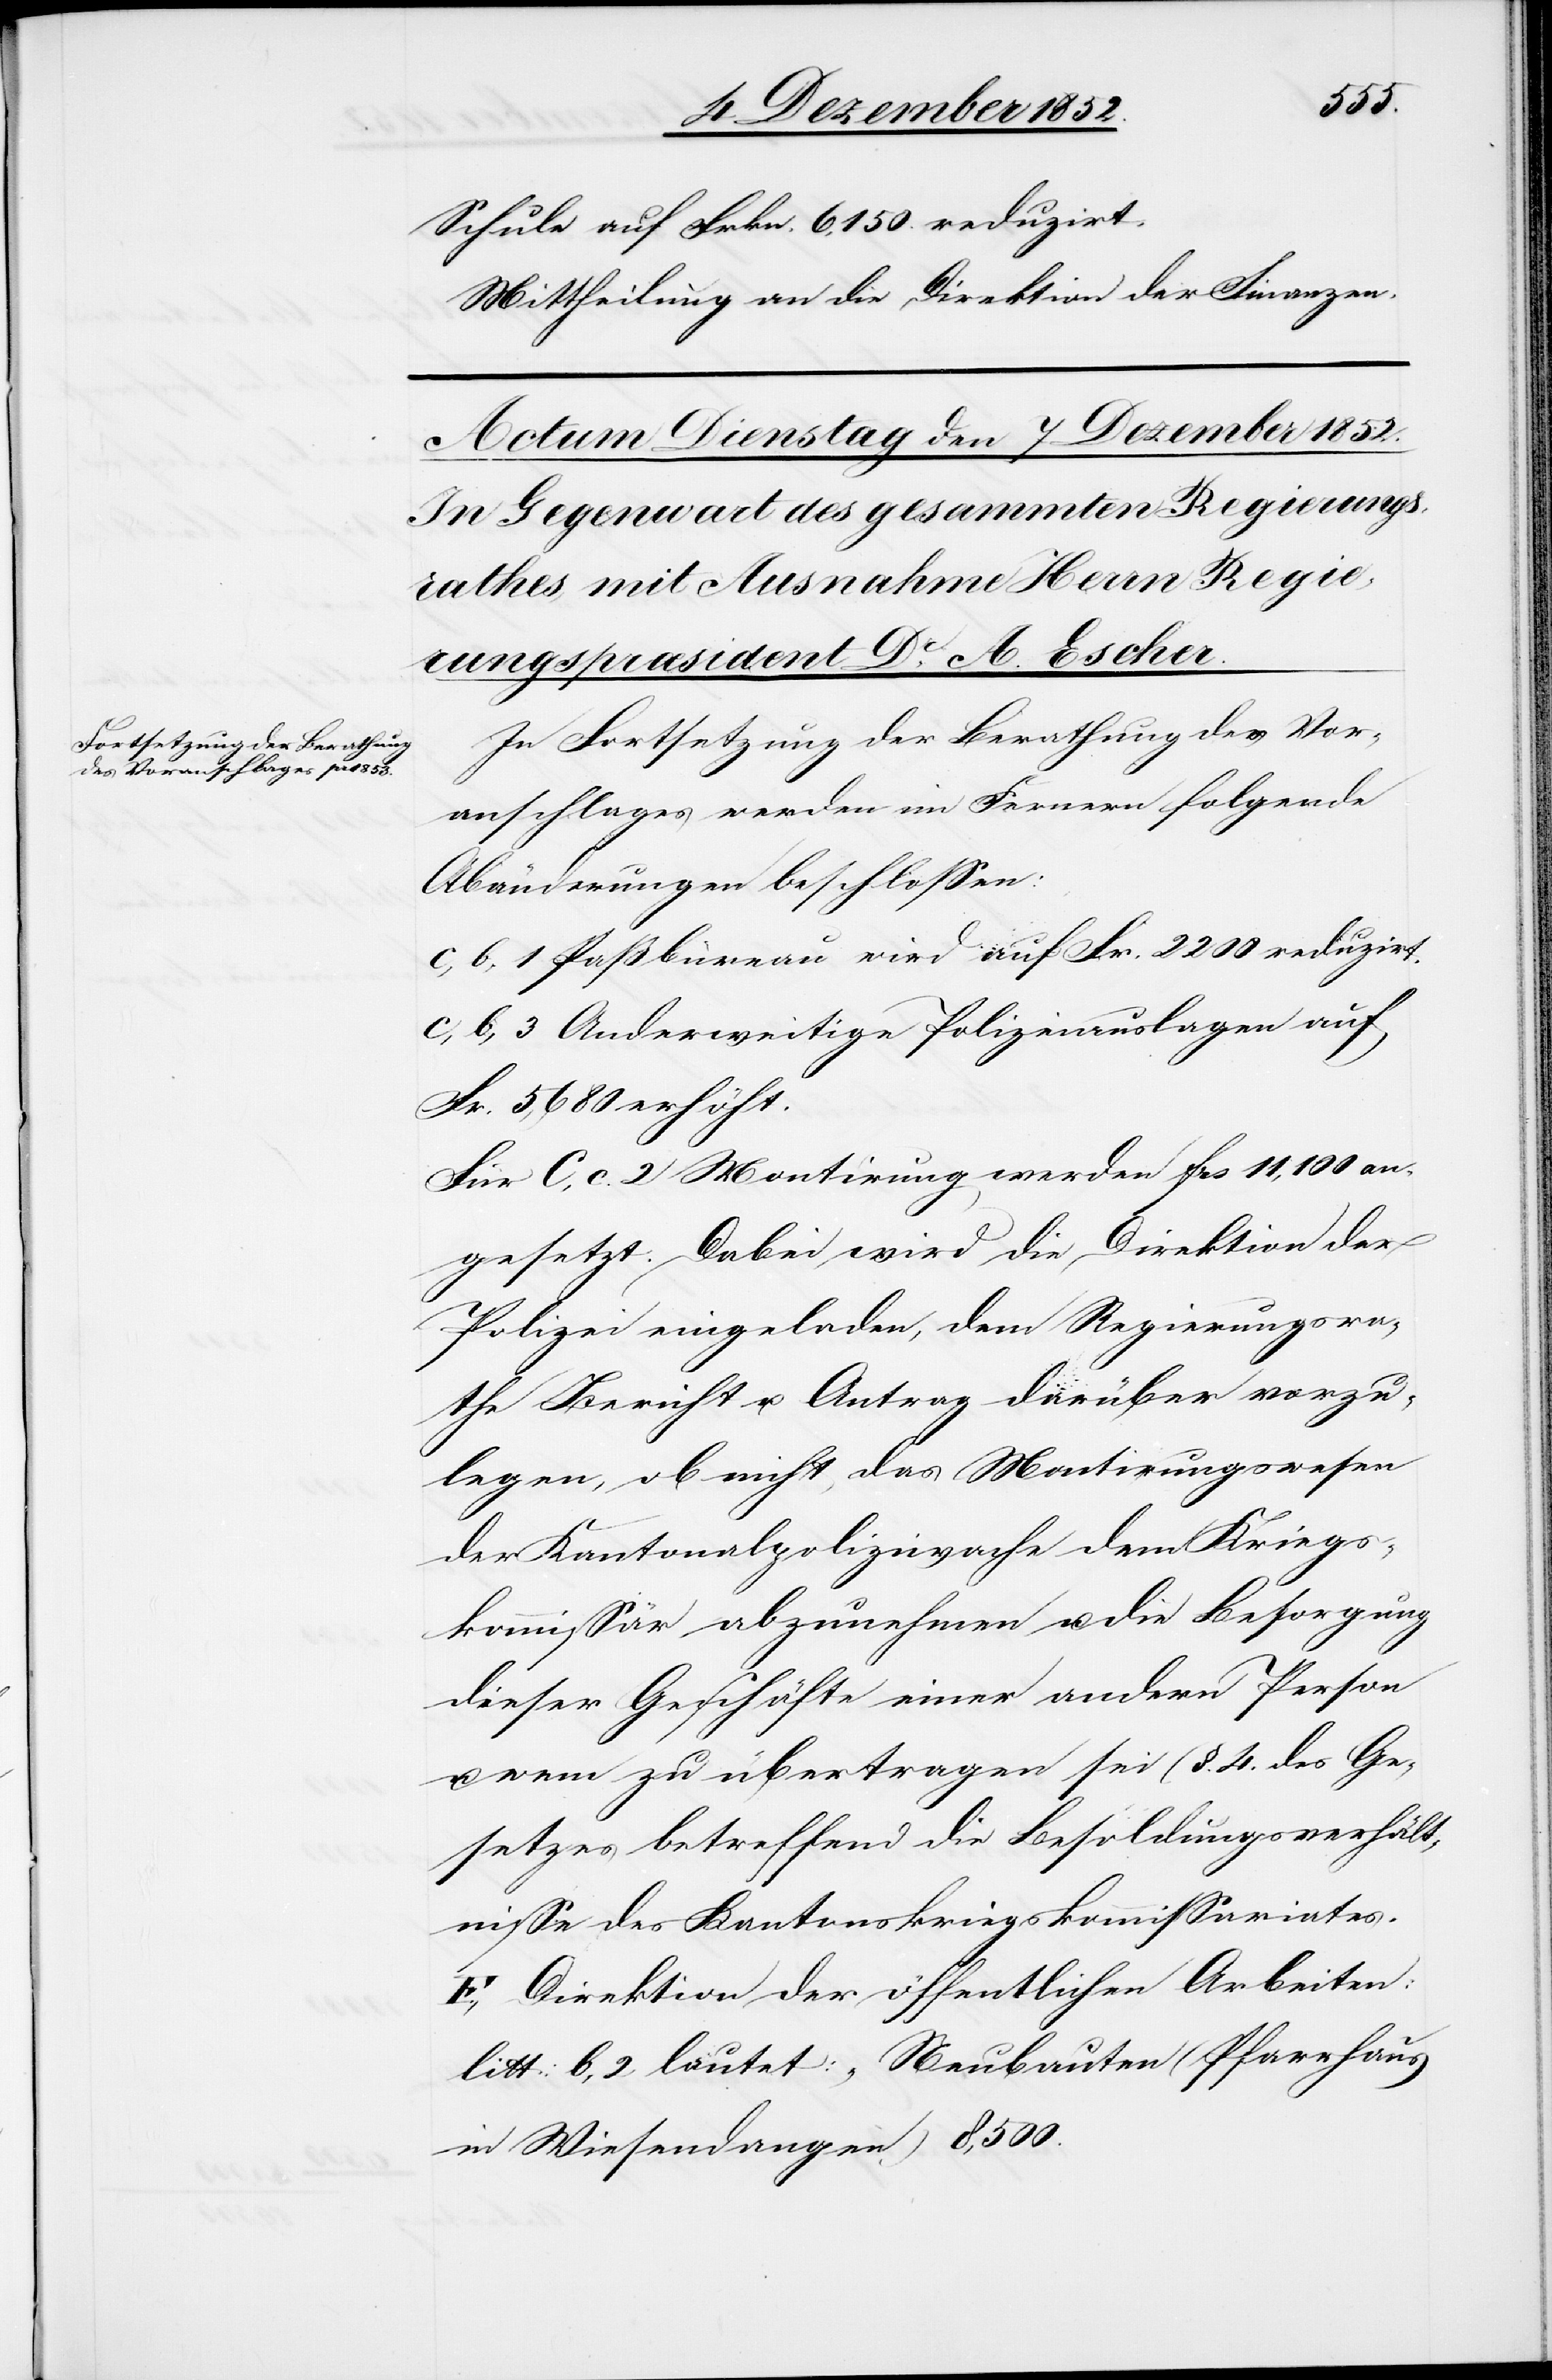
Schule auf Frkn. 6,150. reduzirt.
Mittheilung an die Direktion der Finanzen.
In Fortsetzung der Berathung des Vor¬
anschlages werden im Fernern folgende
Abänderungen beschlossen:
c, b, 1 Paßbüreau wird auf Fr. 2200 reduzirt.
c, b, 3 Anderweitige Polizeiauslagen auf
Fr. 5,680 erhöht.
Für C, c. 2 Montirung werden frs 11,100 an¬
gesetzt. Dabei wird die Direktion der
Polizei eingeladen, dem Regierungsra¬
the Bericht u. Antrag darüber vorzu¬
legen, ob nicht das Montirungswesen
der Kantonalpolizeiwache dem Kriegs¬
kommissär abzunehmen u. die Besorgung
dieser Geschäfte einer andern Person
wem zu übertragen sei (§. 4. des Ge¬
setzes betreffend die Besoldungsverhält¬
nisse des Kantonskriegskommissariates[)].
E, Direktion der öffentlichen Arbeiten:
litt: b, 2 lautet: „Neubauten (Pfarrhaus
in Wiesendangen) 8,500.[“]